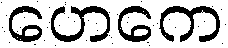
ဟေကေ